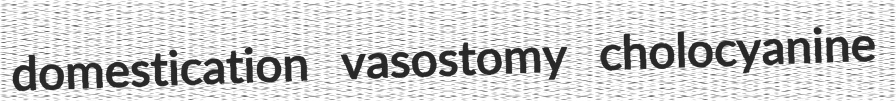
domestication vasostomy cholocyanine